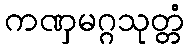
ကဏှမဂ္ဂသုတ္တံ